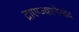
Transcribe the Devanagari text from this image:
द्राएग्ज्यएनेरतेद